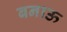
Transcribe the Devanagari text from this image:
बनाऊ